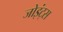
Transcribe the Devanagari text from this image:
जोइंट्स